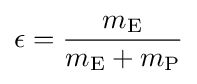
\epsilon ={\frac {m_{\mathrm {E} }}{m_{\mathrm {E} }+m_{\mathrm {P} }}}